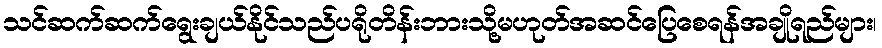
သင်ဆက်ဆက်ရွေးချယ်နိုင်သည်ပရိုတိန်းဘားသို့မဟုတ်အဆင်ပြေစေရန်အချိုရည်များ၊